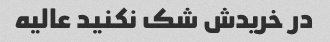
در خریدش شک نکنید عالیه